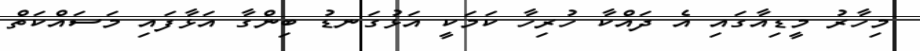
މިހާރު މީޑިއާގައި އެ ދައްކާ ހުރިހާ ކަމަކީ އަޅުގަނޑު ބިންގާ އަޅާފައި މަސައްކަތް